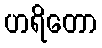
ဟရိတော